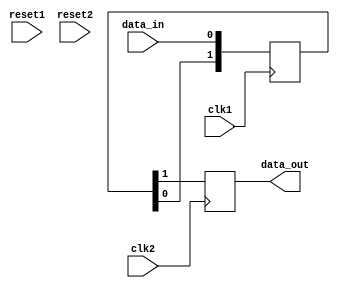
module timing_control_block (
    input wire clk1, // clock signal from domain 1
    input wire clk2, // clock signal from domain 2
    input wire reset1, // reset signal from domain 1
    input wire reset2, // reset signal from domain 2
    input wire data_in, // input data signal
    output wire data_out // output synchronized data signal
);

reg [1:0] sync_reg; // 2-stage synchronizer using flip-flops

always @(posedge clk1) begin
    sync_reg <= {sync_reg[0], data_in};
end

always @(posedge clk2) begin
    data_out <= sync_reg[1];
end

reg sync_reset; // synchronized reset signal

always @(posedge clk1 or posedge reset1) begin
    if (reset1) begin
        sync_reset <= 1'b1;
    end else begin
        sync_reset <= 1'b0;
    end
end

always @(posedge clk2 or posedge sync_reset) begin
    if (sync_reset) begin
        // synchronization logic for reset signal across clock domains
    end
end

endmodule